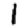
Digit: 1